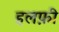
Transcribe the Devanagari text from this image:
हलफ़ी